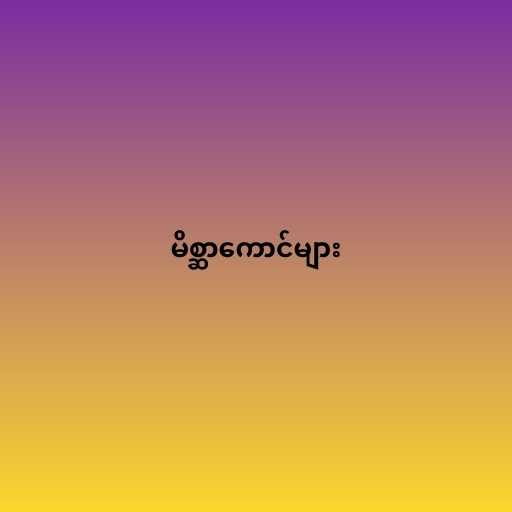
မိစ္ဆာကောင်များ